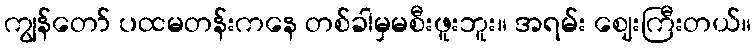
ကျွန်တော် ပထမတန်းကနေ တစ်ခါမှမစီးဖူးဘူး။ အရမ်း ဈေးကြီးတယ်။